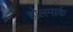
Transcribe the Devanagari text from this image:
होलमार्क